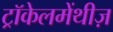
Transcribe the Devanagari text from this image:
ट्रॉकेलमेंथीज़